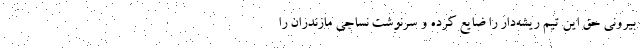
بیرونی حق این تیم ریشه‌دار را ضایع کرده و سرنوشت نساجی مازندران را